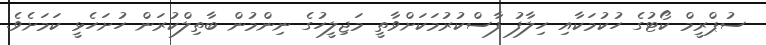
ސުޕްރީމް ކޯޓުގެ ހުކުމަކާއި ހިލާފު ފާސްކުރުމަކަށްވާތީ މަޖިލީހުގެ ނިންމުން ބާތިލްކުރަން ހުށަހެޅީ ކަމަށެވެ.